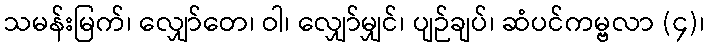
သမန်းမြက်၊ လျှော်တေ၊ ဝါ၊ လျှော်မျှင်၊ ပျဉ်ချပ်၊ ဆံပင်ကမ္ဗလာ (၄)၊